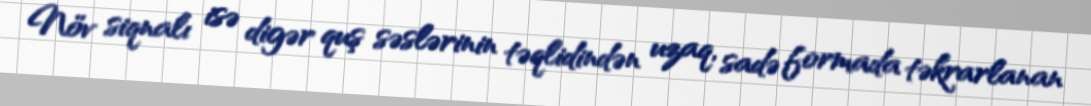
Növ siqnalı isə digər quş səslərinin təqlidindən uzaq, sadə formada təkrarlanan